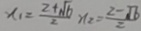
x _ { 1 } = \frac { 2 + \sqrt { 6 } } { 2 } x _ { 2 } = \frac { 2 - \sqrt { 6 } } { 2 }